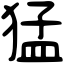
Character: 猛